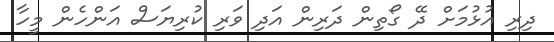
ދިރި އުޅުމަށް ދޭ ގޯތިން ދަރިން އަދި ވަރި ކުރިޔަސް އަންހެން މީހާ